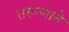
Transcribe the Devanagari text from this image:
तरूणाने